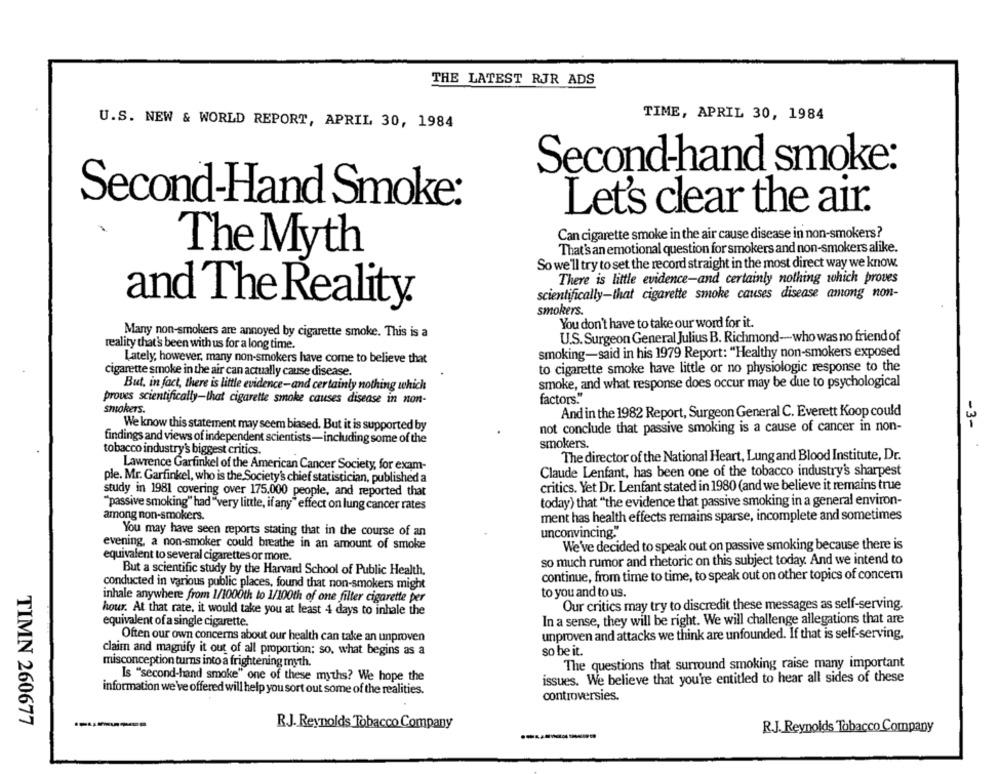
THE LATEST RJR ADS
TIME, APRIL 30, 1984
U.S. NEW & WORLD REPORT, APRIL 30, 1984
Second-hand smoke:
Second-Hand Smoke:
Let's clear the air.
Can cigarette smoke in the air cause disease in non-smokers?
That's an emotional question for smokers and non-smokers alike.
The Myth
So we'll try to set the record straight in the most direct way we know.
There is little evidence-and certainly nothing which proves
scientifically-that cigarette smoke causes disease among non-
and The Reality.
smokers.
You don't have to take our word for it.
Many non-smokers are annoyed by cigarette smoke. This is a
U.S. Surgeon General Julius B. Richmond-who was no friend of
reality that's been with us for a long time.
smoking-said in his 1979 Report: "Healthy non-smokers exposed
Lately, however, many non-smokers have come to believe that
to cigarette smoke have little or no physiologic response to the
cigarette smoke in the air can actually cause disease.
But, in fact, there is little evidence-and certainly nothing which
smoke, and what response does occur may be due to psychological
proves scientifically-that cigarette smoke causes disease in non-
factors."
smokers.
And in the 1982 Report, Surgeon General C. Everett Koop could
We know this statement may seem biased. But it is supported by
-3-
not conclude that passive smoking is a cause of cancer in non-
findings and views of independent scientists-including some of the
smokers.
tobacco industry's biggest critics.
The director of the National Heart, Lung and Blood Institute, Dr.
Lawrence Garfinkel of the American Cancer Society, for exam-
Claude Lenfant, has been one of the tobacco industry's sharpest
ple. Mr. Garfinkel, who is the Society's chief statistician, published a
critics. Yet Dr. Lenfant stated in 1980 (and we believe it remains true
study in 1981 covering over 175.000 people, and reported that
today) that "the evidence that passive smoking in a general environ-
"passive smoking" had "very little, if any" effect on lung cancer rates
among non-smokers.
ment has health effects remains sparse, incomplete and sometimes
You may have seen reports stating that in the course of an
unconvincing"
evening, a non-smoker could breathe in an amount of smoke
We've decided to speak out on passive smoking because there is
equivalent to several cigarettes or more.
so much rumor and rhetoric on this subject today. And we intend to
But a scientific study by the Harvard School of Public Health.
continue, from time to time, to speak out on other topics of concer
conducted in various public places, found that non-smokers might
to you and to us.
inhale anywhere from 1/1000th to 1/100th of one filter cigarette per
hour. At that rate, it would take you at least 4 days to inhale the
Our critics may try to discredit these messages as self-serving.
In a sense, they will be right. We will challenge allegations that are
equivalent of a single cigarette.
unproven and attacks we think are unfounded. If that is self-serving,
Often our own concerns about our health can take an unproven
so be it.
claim and magnify it out of all proportion; so, what begins as a
misconception turns into a frightening myth.
The questions that surround smoking raise many important
Is "second-hand smoke" one of these myths? We hope the
issues. We believe that you're entitled to hear all sides of these
information we've offered will help you sort out some of the realities.
controversies.
TIMN 260677
R.J. Reynolds Tobacco Company
R.J. Reynolds Tobacco Company